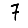
Digit: 7